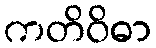
ကတိဝိဓာ